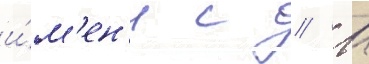
и́м'ен'и с // М